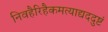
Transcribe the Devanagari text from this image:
निवहैरिहैकमत्याद्यददुष्टं